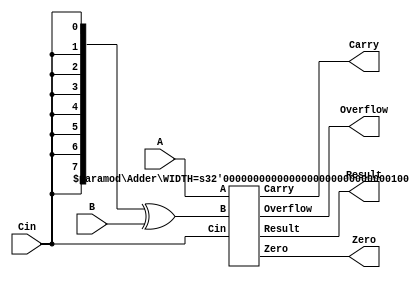
`timescale 1ns / 1ps
//////////////////////////////////////////////////////////////////////////////////
// Company: 
// Engineer: 
// 
// Design Name: 
// Module Name: ALU
// Project Name: 
// Target Devices: 
// Tool Versions: 
// Description: 
// 
// Dependencies: 
// 
// Revision:
// Revision 0.01 - File Created
// Additional Comments:
// 
//////////////////////////////////////////////////////////////////////////////////

module ALU #(parameter WIDTH = 8) (
    input Cin,
    input [WIDTH - 1:0] A,
    input [WIDTH - 1:0] B,
    output Carry,
    output [WIDTH - 1:0] Result,
    output Zero,
    output Overflow
    );
    
    wire [WIDTH - 1:0] temp;
    
    assign temp = {WIDTH{Cin}} ^ B;
    Adder #(WIDTH) adder (.Cin(Cin), .A(A), .B(temp), .Carry(Carry), .Result(Result), .Zero(Zero), .Overflow(Overflow));
    
endmodule

module Adder #(parameter WIDTH = 8) (
    input Cin,
    input [WIDTH - 1:0] A,
    input [WIDTH - 1:0] B,
    output Carry,
    output [WIDTH - 1:0] Result,
    output Zero,
    output Overflow
    );
    
    assign {Carry, Result} = A + B + Cin;
    assign Zero = Result == 0 ? 1 : 0;
    assign Overflow = (A[WIDTH - 1] == B[WIDTH - 1]) && (Result[WIDTH - 1] != A[WIDTH - 1]);
    
endmodule